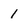
Character: 1